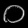
Digit: ၀